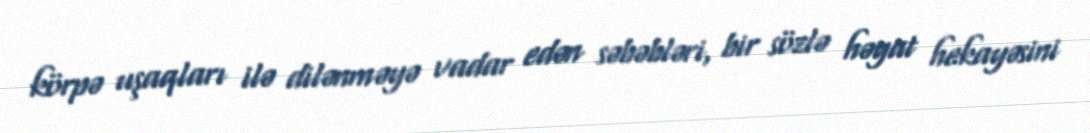
körpə uşaqları ilə dilənməyə vadar edən səbəbləri, bir sözlə həyat hekayəsini